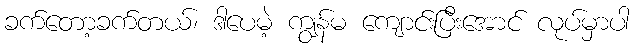
ခက်တော့ခက်တယ်၊ ဒါပေမဲ့ ကျွန်မ ကျောင်းပြီးအောင် လုပ်မှာပါ